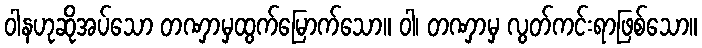
ဝါနဟုဆိုအပ်သော တဏှာမှထွက်မြောက်သော။ ဝါ၊ တဏှာမှ လွတ်ကင်းရာဖြစ်သော။